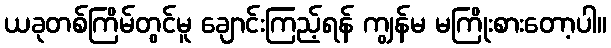
ယခုတစ်ကြိမ်တွင်မူ ချောင်းကြည့်ရန် ကျွန်မ မကြိုးစားတော့ပါ။